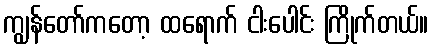
ကျွန်တော်ကတော့ ထရောက် ငါးပေါင်း ကြိုက်တယ်။